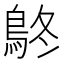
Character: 鴤